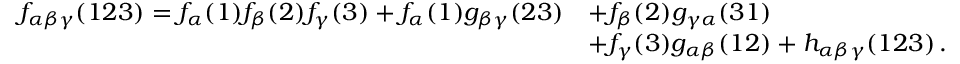
\begin{array} { r l } { f _ { \alpha \beta \gamma } ( 1 2 3 ) = f _ { \alpha } ( 1 ) f _ { \beta } ( 2 ) f _ { \gamma } ( 3 ) + f _ { \alpha } ( 1 ) g _ { \beta \gamma } ( 2 3 ) } & { + f _ { \beta } ( 2 ) g _ { \gamma \alpha } ( 3 1 ) } \\ & { + f _ { \gamma } ( 3 ) g _ { \alpha \beta } ( 1 2 ) + h _ { \alpha \beta \gamma } ( 1 2 3 ) \, . } \end{array}